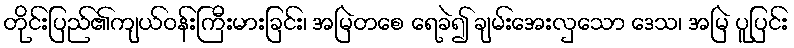
တိုင်းပြည်၏ကျယ်ဝန်းကြီးမားခြင်း၊ အမြဲတစေ ရေခဲ၍ ချမ်းအေးလှသော ဒေသ၊ အမြဲ ပူပြင်း